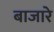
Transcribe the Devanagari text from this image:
बाजारे